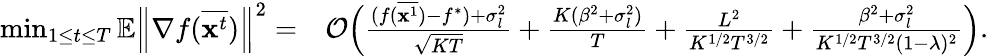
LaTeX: \begin{array}{rl}{\operatorname*{min}_{1\le t\le T}\mathbb{E}\left\| \nabla f(\overline{{\mathbf{x}^{t}}})\right\| ^{2}=}&{\mathcal{O}\Big(\frac{(f(\overline{{{\mathbf x}^{1}}})-f^{*})+\sigma_{l}^{2}}{\sqrt{KT}}+\frac{K(\beta^{2}+\sigma_{l}^{2})}{T}+\frac{L^{2}}{K^{1/2}T^{3/2}}+\frac{\beta^{2}+\sigma_{l}^{2}}{K^{1/2}T^{3/2}(1-\lambda)^{2}}\Big).}\end{array}